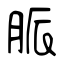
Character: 脈